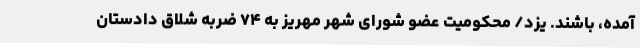
آمده، باشند. یزد/ محکومیت عضو شورای شهر مهریز به ۷۴ ضربه شلاق دادستان